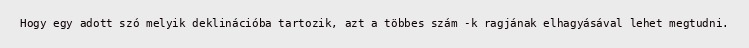
Hogy egy adott szó melyik deklinációba tartozik, azt a többes szám -k ragjának elhagyásával lehet megtudni.